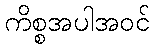
ကိစ္စအပါအဝင်